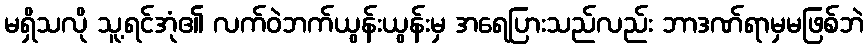
မရှိသလို သူ့ရင်အုံ၏ လက်ဝဲဘက်ယွန်းယွန်းမှ အရေပြားသည်လည်း ဘာဒဏ်ရာမှမဖြစ်ဘဲ